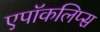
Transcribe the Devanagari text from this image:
एपॉकलिप्स